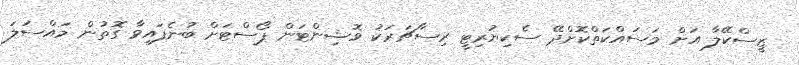
ޒީސްކޭލާ އަށް މަސައްކަތްކޮށްދޭ ސެކިޔުރިޓީ ރިސާޗަރަކު ވޮޝިންޓަން ޕޯސްޓަށް ބުނެފައިވާ ގޮތުން މައްސަލަ